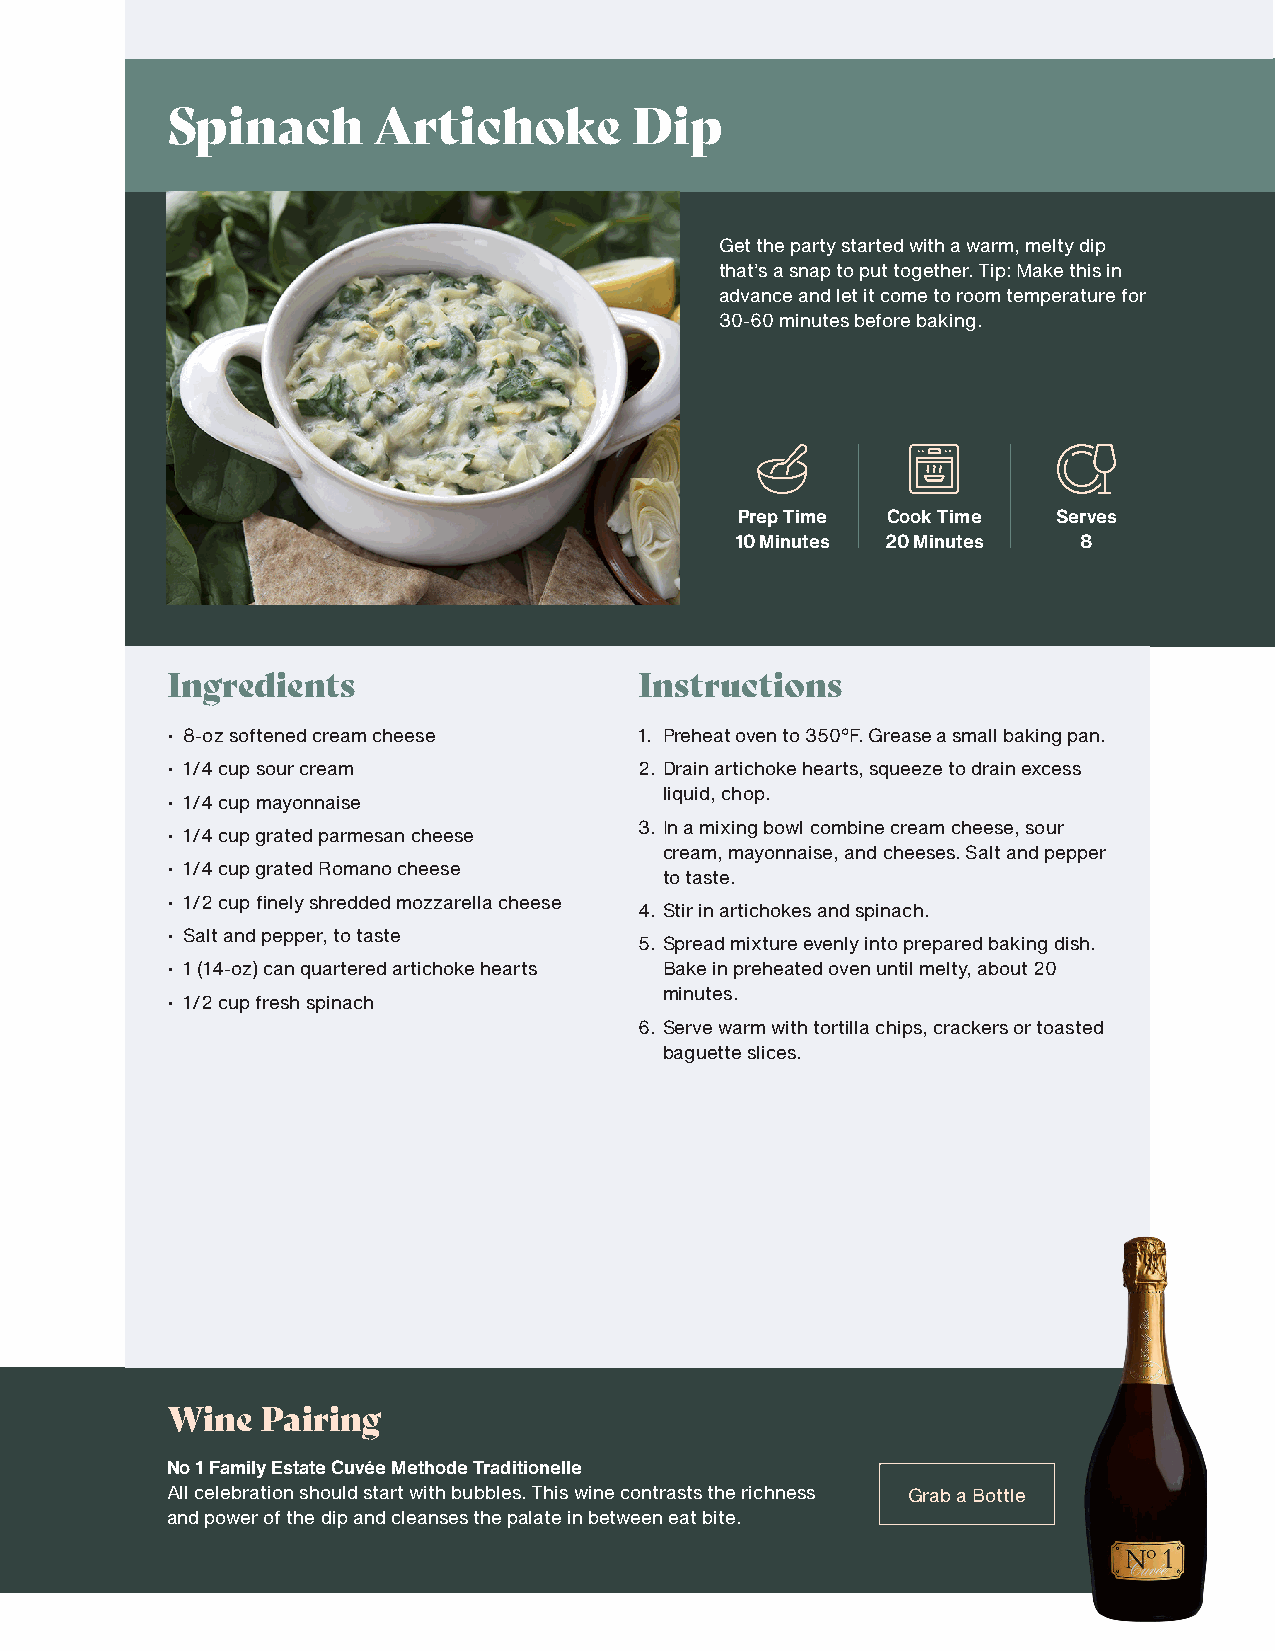
Spinach       Artichoke        Dip
 Get the party started with a warm, melty dip
 that’s a snap to put together. Tip: Make this in
 advance and let it come to room temperature for
 30-60 minutes before baking.
 Prep Time Cook Time  Serves
 10 Minutes 20 Minutes  8
 Ingredients                    Instructions
 • 8-oz softened cream cheese   1. Preheat oven to 350°F. Grease a small baking pan.
 • 1/4 cup sour cream           2. Drain artichoke hearts, squeeze to drain excess
 liquid, chop.
 • 1/4 cup mayonnaise
 3. In a mixing bowl combine cream cheese, sour
 • 1/4 cup grated parmesan cheese
 cream, mayonnaise, and cheeses. Salt and pepper
 • 1/4 cup grated Romano cheese
 to taste.
 • 1/2 cup finely shredded mozzarella cheese
 4. Stir in artichokes and spinach.
 • Salt and pepper, to taste
 5. Spread mixture evenly into prepared baking dish.
 • 1 (14-oz) can quartered artichoke hearts Bake in preheated oven until melty, about 20
 minutes.
 • 1/2 cup fresh spinach
 6. Serve warm with tortilla chips, crackers or toasted
 baguette slices.
 Wine  Pairing
 No 1 Family Estate Cuvée Methode Traditionelle
 All celebration should start with bubbles. This wine contrasts the richness Grab a Bottle
 and power of the dip and cleanses the palate in between eat bite.